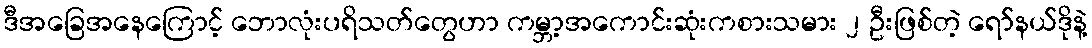
ဒီအခြေအနေကြောင့် ဘောလုံးပရိသတ်တွေဟာ ကမ္ဘာ့အကောင်းဆုံးကစားသမား ၂ ဦးဖြစ်တဲ့ ရော်နယ်ဒိုနဲ့